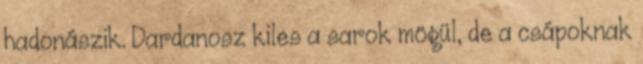
hadonászik. Dardanosz kiles a sarok mögül, de a csápoknak